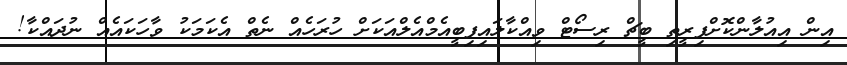
އިން އިއުލާންކޮށްފިރީތި ބީޗް ރިސޯޓް ވިއްކާލައިފިބީއެމްއެލްއަކަށް ހުރަހެއް ނެތް އެކަމަކު ވާހަކައެއް ނުދައްކާ!